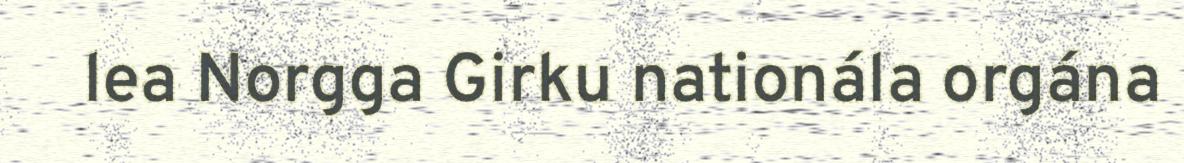
lea Norgga Girku nationála orgána